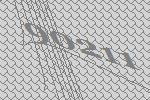
90211